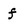
Character: f